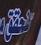
هذحقق